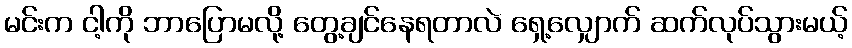
မင်းက ငါ့ကို ဘာပြောမလို့ တွေ့ချင်နေရတာလဲ ရှေ့လျှောက် ဆက်လုပ်သွားမယ့်